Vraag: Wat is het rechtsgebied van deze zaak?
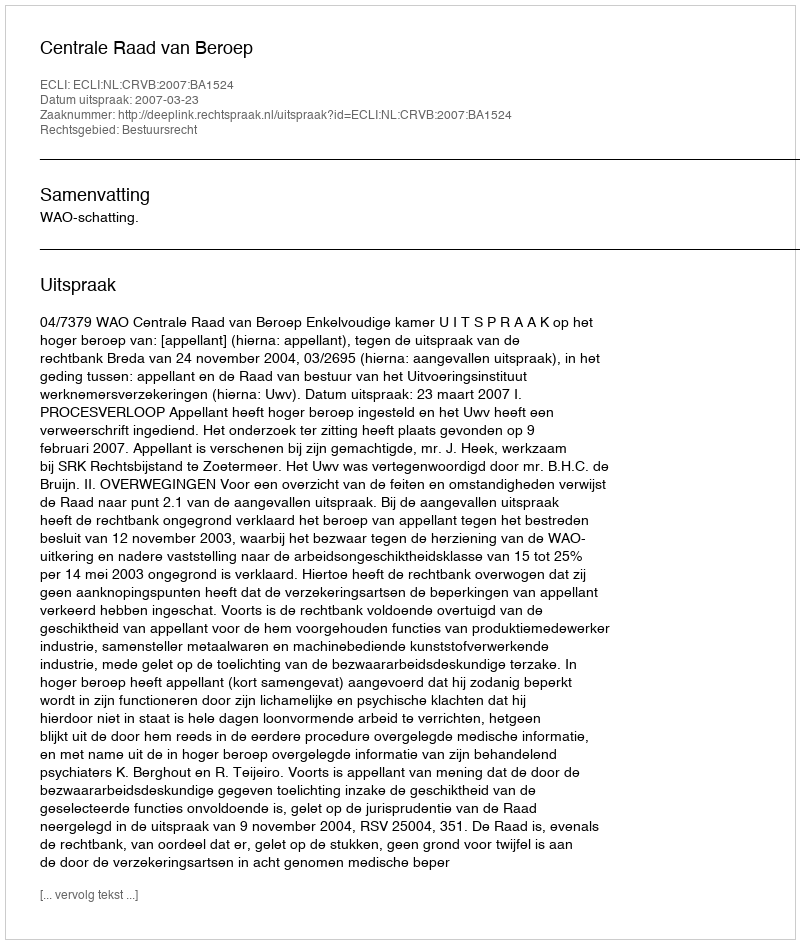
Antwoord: Bestuursrecht